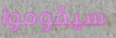
سيقوموا